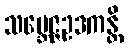
သမ္ဘေဇ္ဇဥဒကန္တိ